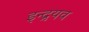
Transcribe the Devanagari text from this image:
इन्द्रयव